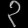
Digit: ၃